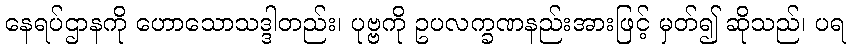
နေရပ်ဌာနကို ဟောသောသဒ္ဒါတည်း၊ ပုဗ္ဗကို ဥပလက္ခဏနည်းအားဖြင့် မှတ်၍ ဆိုသည်၊ ပရ